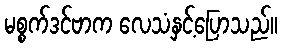
မစ္စက်ဒင်ဗာက လေသံနှင့်ပြောသည်။